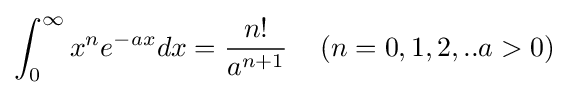
\int _{0}^{\infty }x^{n}e^{-ax}dx={\frac {n!}{a^{n+1}}}\quad \left(n=0,1,2,..a>0\right)